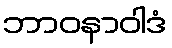
ဘာဝနာဝါဒံ